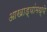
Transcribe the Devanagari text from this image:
आखाड्यांमध्ये